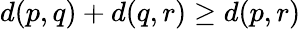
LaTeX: d(p,q)+d(q,r)\geq d(p,r)